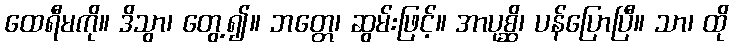
ထေရီမကို။ ဒိသွာ၊ တွေ့၍။ ဘတ္တေ၊ ဆွမ်းဖြင့်။ အာပုစ္ဆိ၊ ပန်ပြောပြီ။ သာ၊ ထို